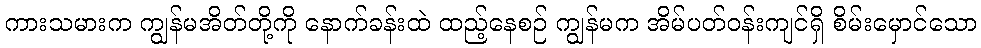
ကားသမားက ကျွန်မအိတ်တို့ကို နောက်ခန်းထဲ ထည့်နေစဉ် ကျွန်မက အိမ်ပတ်ဝန်းကျင်ရှိ စိမ်းမှောင်သော